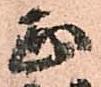
正